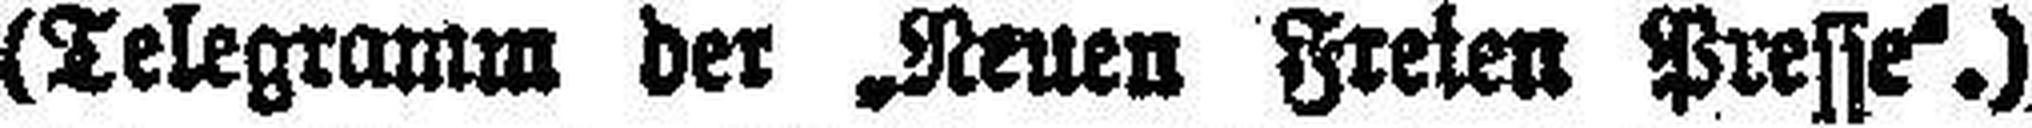
(Telegramm der „Neuen Freien Presse“.)